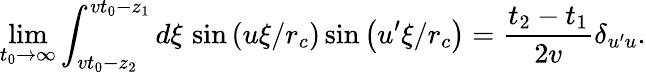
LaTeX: \operatorname*{lim}_{t_{0}\rightarrow\infty}\int_{vt_{0}-z_{2}}^{vt_{0}-z_{1}}d\xi\, \sin\left(u\xi/r_{c}\right)\sin\left(u^{\prime}\xi/r_{c}\right)=\frac{t_{2}-t_{1}}{2v}\delta_{u^{\prime}u}.